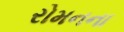
રોમનના